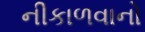
નીકાળવાનો